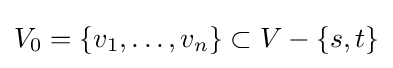
V_{0}=\{v_{1},\dots ,v_{n}\}\subset V-\{s,t\}